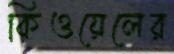
কিওয়েলের